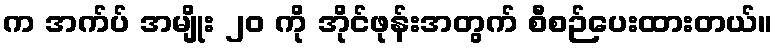
က အက်ပ် အမျိုး ၂၀ ကို အိုင်ဖုန်းအတွက် စီစဉ်ပေးထားတယ်။